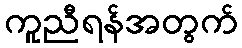
ကူညီရန်အတွက်